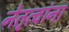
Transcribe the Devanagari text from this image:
नेतृत्वांना